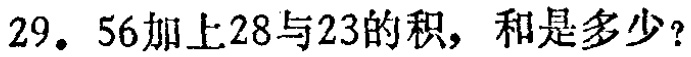
29. 56加上28与23的积，和是多少？